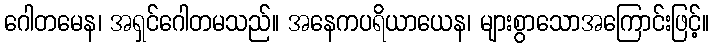
ဂေါတမေန၊ အရှင်ဂေါတမသည်။ အနေကပရိယာယေန၊ များစွာသောအကြောင်းဖြင့်။